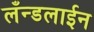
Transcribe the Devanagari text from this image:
लँन्डलाईन